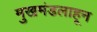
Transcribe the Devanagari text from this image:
मुखमंडलाहून